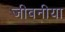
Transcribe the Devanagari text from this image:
जीवनीया